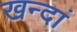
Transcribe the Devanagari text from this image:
खन्दां